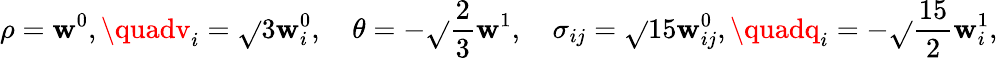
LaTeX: \rho=\mathbf{w}^{0},\quadv_{i}=\sqrt{}{{3}}\mathbf{w}_{i}^{0},\quad\theta=-\sqrt{}{{\frac{{2}}{{3}}}}\mathbf{w}^{1},\quad\sigma_{ij}=\sqrt{}{{15}}\mathbf{w}_{ij}^{0},\quadq_{i}=-\sqrt{}{{\frac{{15}}{{2}}}}\mathbf{w}_{i}^{1},